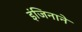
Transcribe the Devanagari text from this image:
इंजिनाने